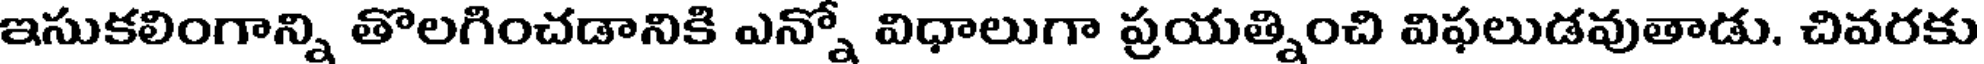
ఇసుకలింగాన్ని తొలగించడానికి ఎన్నో విధాలుగా ప్రయత్నించి విఫలుడవుతాడు, చివరకు